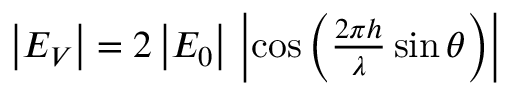
\textstyle { \left| E _ { V } \right| = 2 \left| E _ { 0 } \right| \, \left| \cos \left( { \frac { 2 \pi h } { \lambda } } \sin \theta \right) \right| }